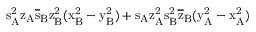
\mathrm { s _ { A } ^ { 2 } \mathrm { z _ { A } \mathrm { \overline { { s } } _ { B } \mathrm { z _ { B } ^ { 2 } ( \mathrm { x _ { B } ^ { 2 } - \mathrm { y _ { B } ^ { 2 } ) + \mathrm { s _ { A } \mathrm { z _ { A } ^ { 2 } \mathrm { s _ { B } ^ { 2 } \mathrm { \overline { { z } } _ { B } ( \mathrm { y _ { A } ^ { 2 } - \mathrm { x _ { A } ^ { 2 } ) } } } } } } } } } } } }